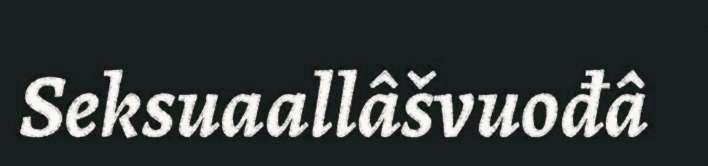
Seksuaallâšvuođâ